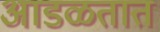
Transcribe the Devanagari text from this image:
अाडळतात